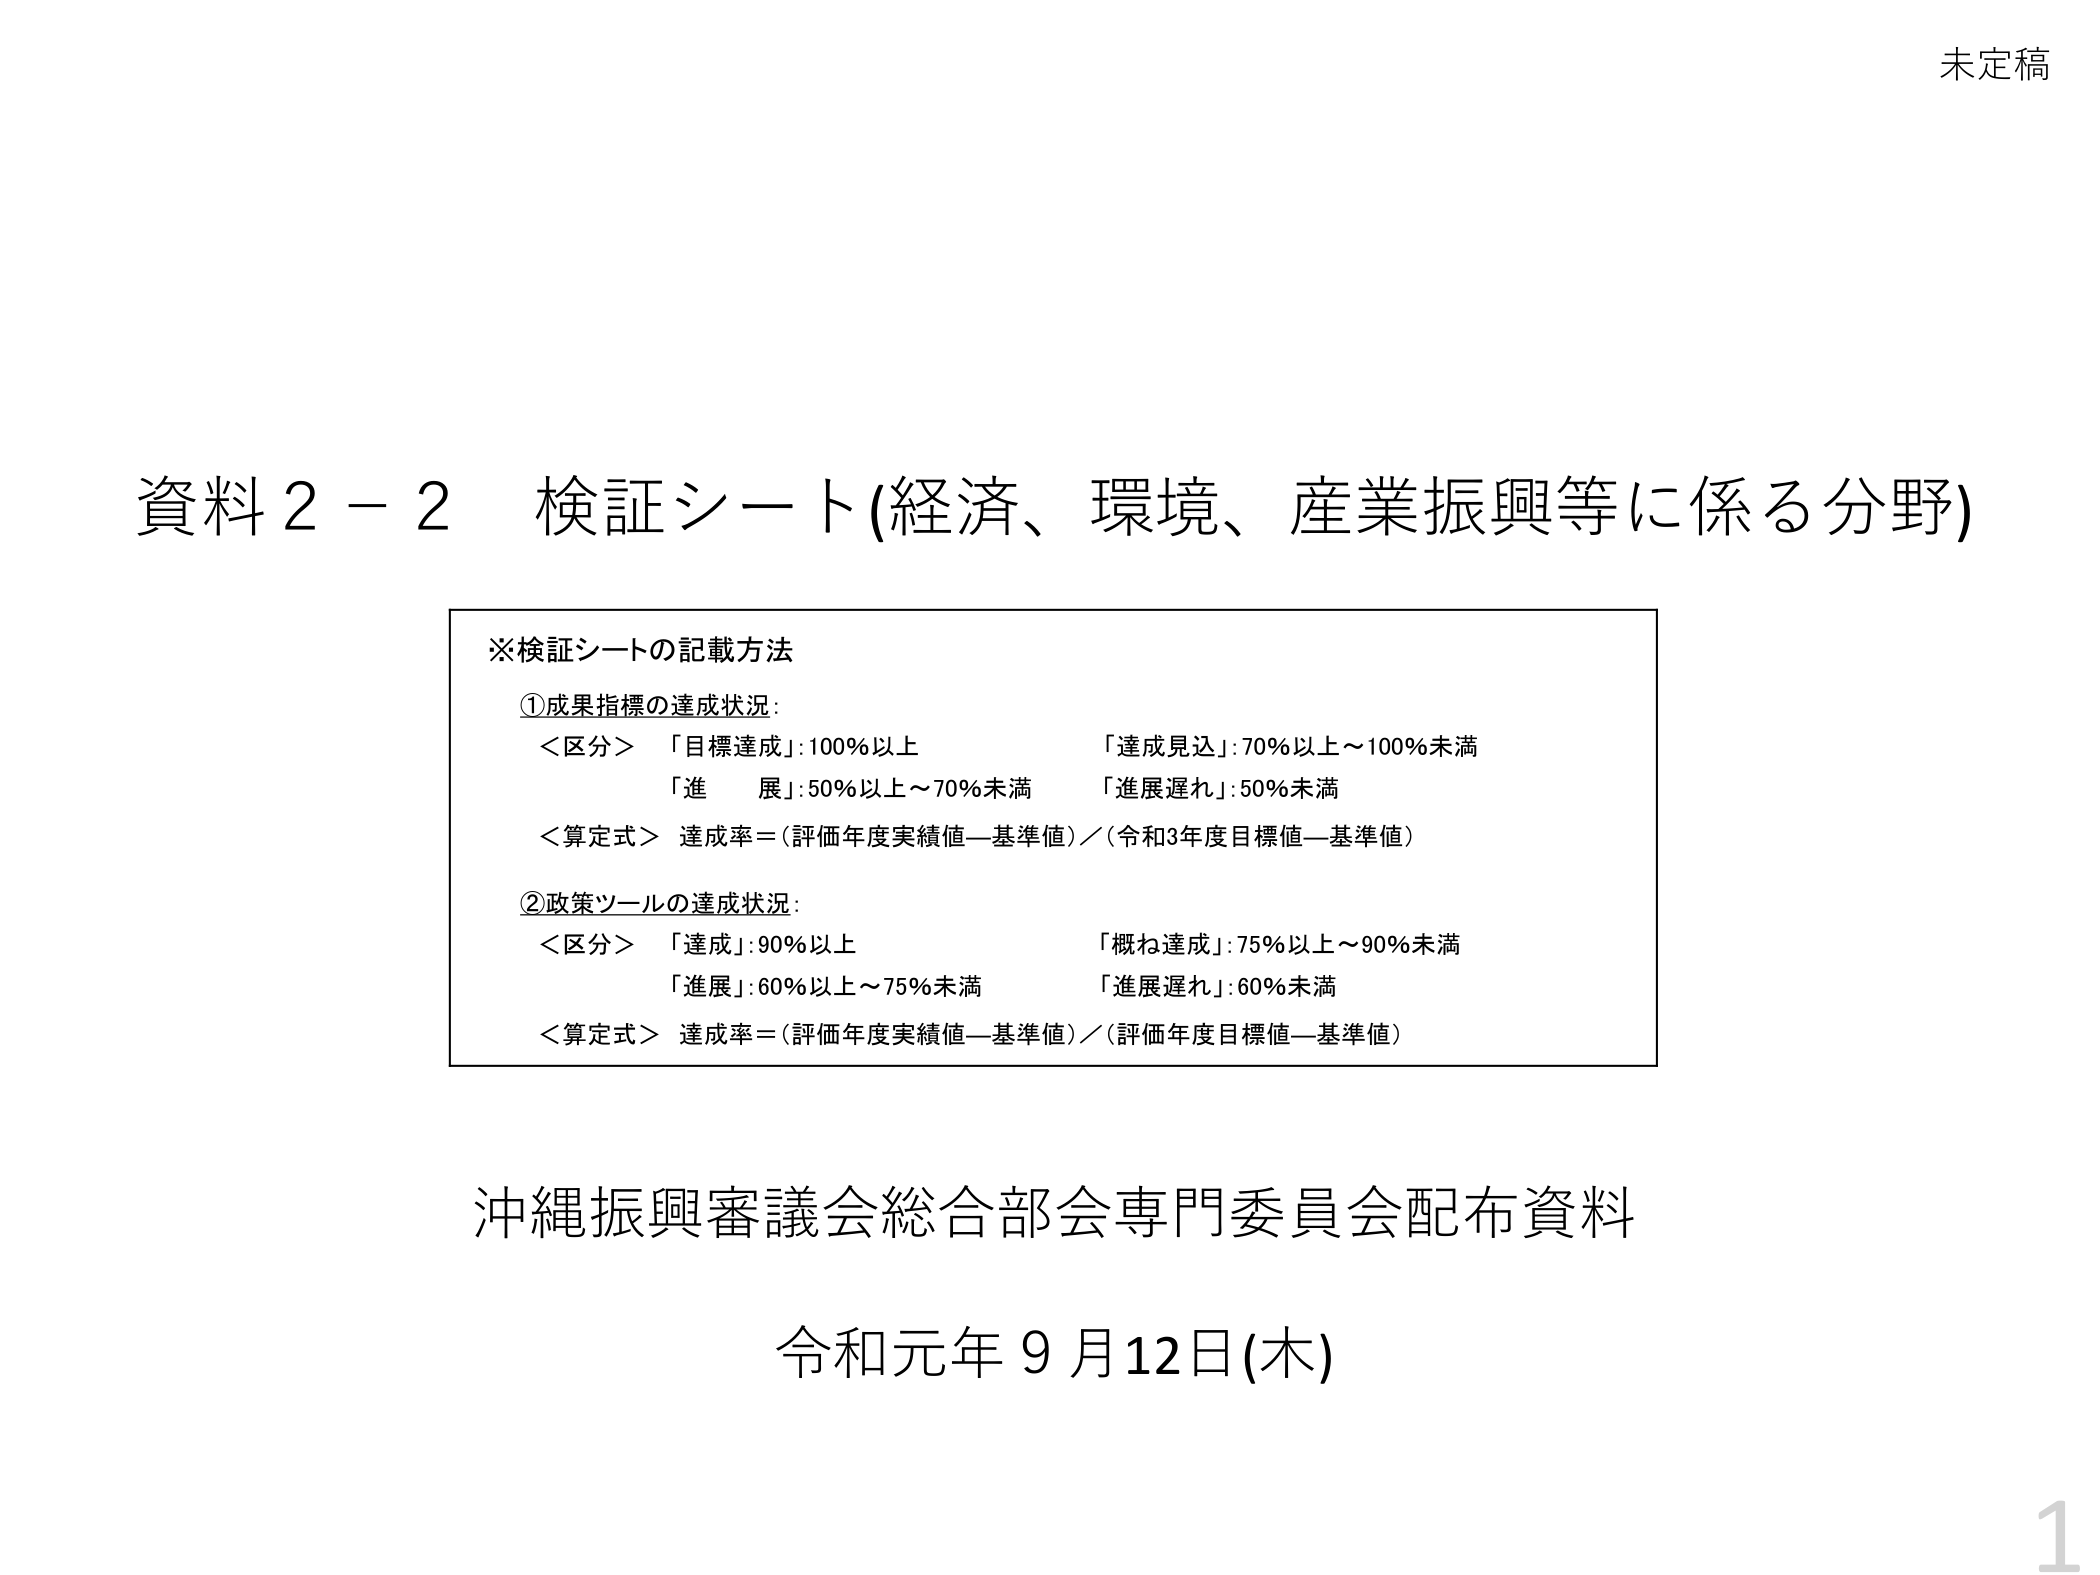
未定稿

資料２－２ 検証シート（経済、環境、産業振興等に係る分野）

※検証シートの記載方法
①成果指標の達成状況：
　＜区分＞　「目標達成」：100％以上　　　　　　「達成見込」：70％以上～100％未満
　　　　　　「進　展」：50％以上～70％未満　　　「進展遅れ」：50％未満
　＜算定式＞　達成率＝（評価年度実績値－基準値）／（令和3年度目標値－基準値）

②政策ツールの達成状況：
　＜区分＞　「達成」：90％以上　　　　　　　　「概ね達成」：75％以上～90％未満
　　　　　　「進展」：60％以上～75％未満　　　「進展遅れ」：60％未満
　＜算定式＞　達成率＝（評価年度実績値－基準値）／（評価年度目標値－基準値）

沖縄振興審議会総合部会専門委員会配布資料
令和元年９月12日（木）

1